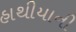
હાથીયાની